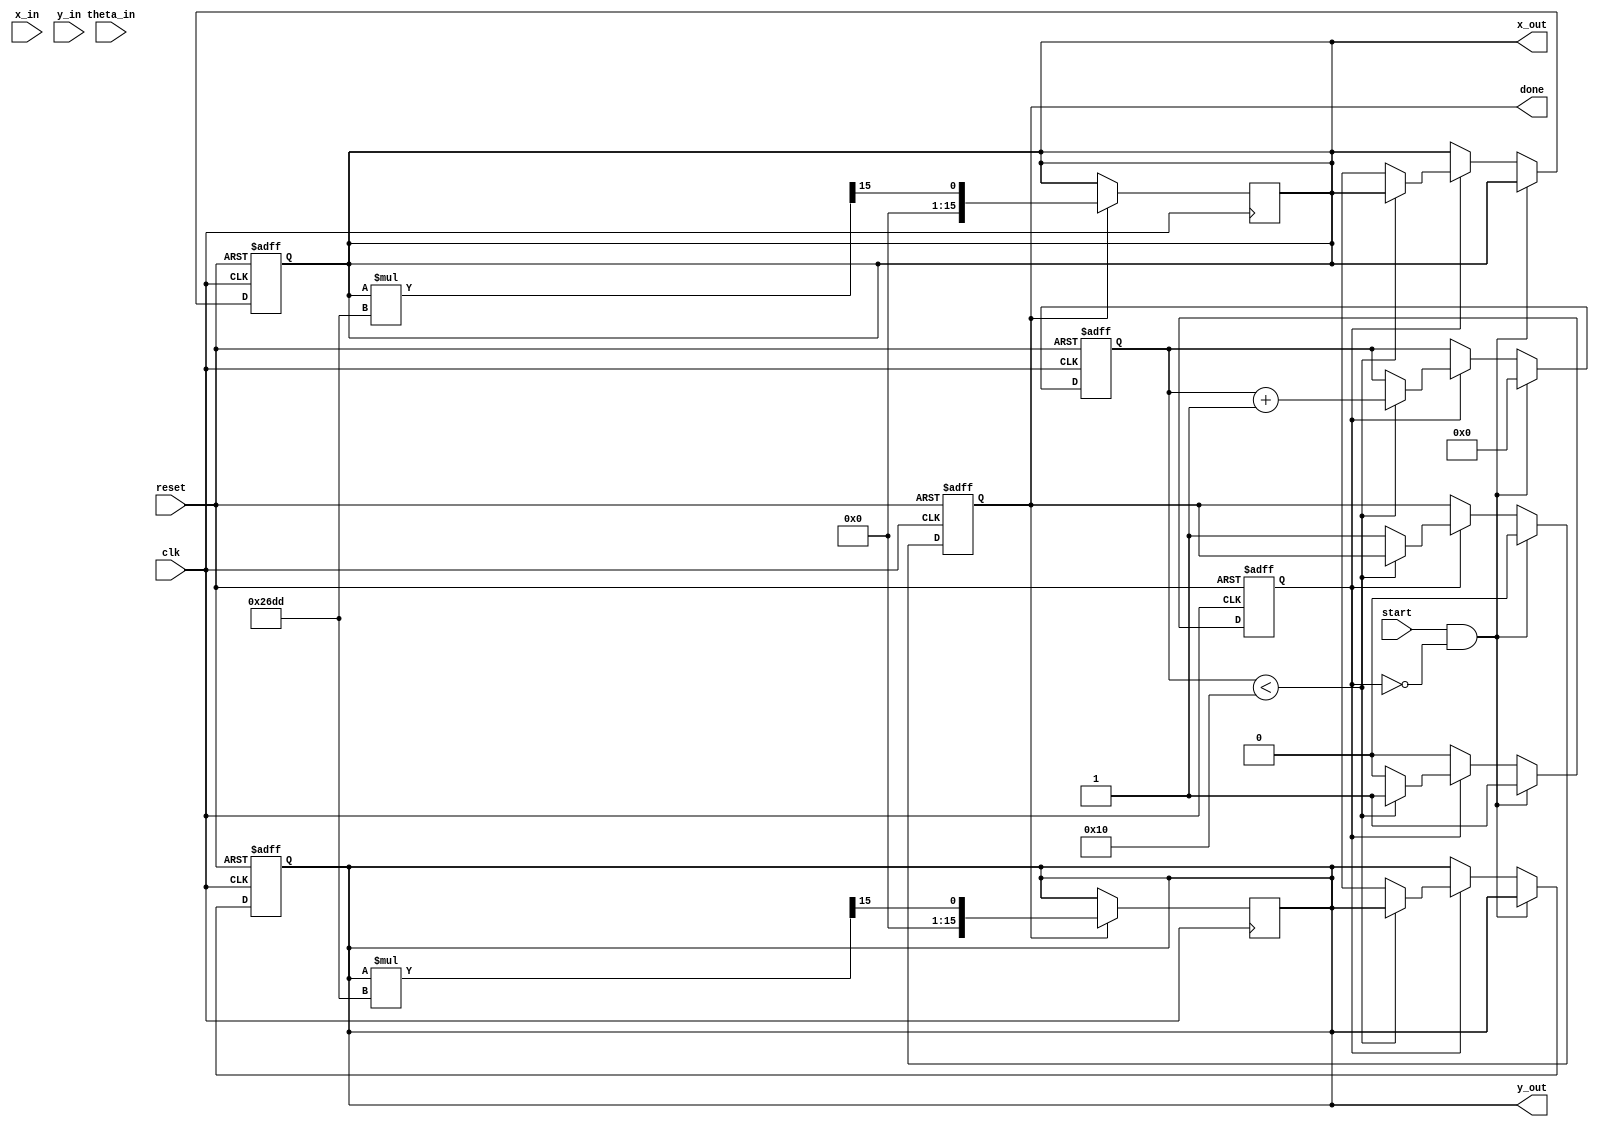
module cordic_rotational (
    input wire clk,
    input wire reset,
    input wire start,
    input wire signed [15:0] x_in,  // Input X coordinate
    input wire signed [15:0] y_in,  // Input Y coordinate
    input wire signed [15:0] theta_in, // Input angle in fixed-point
    output reg signed [15:0] x_out,  // Output X coordinate
    output reg signed [15:0] y_out,  // Output Y coordinate
    output reg done
);

    // Parameters
    parameter NUM_ITERATIONS = 16; // Number of iterations
    parameter [15:0] K = 16'h26DD; // Scaling factor (approx. 0.6072 in fixed-point)

    // Internal registers
    reg signed [15:0] x [0:NUM_ITERATIONS-1];
    reg signed [15:0] y [0:NUM_ITERATIONS-1];
    reg signed [15:0] theta [0:NUM_ITERATIONS-1];
    reg [3:0] iteration;
    reg processing;

    // CORDIC angle lookup table (arctan(2^-i) values)
    reg signed [15:0] atan_table [0:NUM_ITERATIONS-1];
    initial begin
        atan_table[0] = 16'h2000; // atan(1) = 45 degrees in fixed-point
        atan_table[1] = 16'h1333; // atan(0.5) = 26.565 degrees
        atan_table[2] = 16'h0A3D; // atan(0.25) = 14.036 degrees
        atan_table[3] = 16'h0519; // atan(0.125) = 7.125 degrees
        // ... Fill in the rest of the table
        // atan_table[4] = ...
        // ...
    end

    // Control logic
    always @(posedge clk or posedge reset) begin
        if (reset) begin
            iteration <= 0;
            processing <= 0;
            done <= 0;
            x_out <= 0;
            y_out <= 0;
        end else if (start && !processing) begin
            // Initialize inputs
            x[0] <= x_in;
            y[0] <= y_in;
            theta[0] <= theta_in;
            iteration <= 0;
            processing <= 1;
            done <= 0;
        end else if (processing) begin
            if (iteration < NUM_ITERATIONS) begin
                // CORDIC iteration logic
                if (theta[iteration] < 0) begin
                    // Rotate clockwise
                    x[iteration + 1] <= x[iteration] + (y[iteration] >>> iteration);
                    y[iteration + 1] <= y[iteration] - (x[iteration] >>> iteration);
                    theta[iteration + 1] <= theta[iteration] + atan_table[iteration];
                end else begin
                    // Rotate counter-clockwise
                    x[iteration + 1] <= x[iteration] - (y[iteration] >>> iteration);
                    y[iteration + 1] <= y[iteration] + (x[iteration] >>> iteration);
                    theta[iteration + 1] <= theta[iteration] - atan_table[iteration];
                end
                iteration <= iteration + 1;
            end else begin
                // Final output
                x_out <= x[NUM_ITERATIONS];
                y_out <= y[NUM_ITERATIONS];
                done <= 1;
                processing <= 0;
            end
        end
    end

    // Scaling the output
    always @(posedge clk) begin
        if (done) begin
            x_out <= (x_out * K) >>> 15; // Apply scaling factor
            y_out <= (y_out * K) >>> 15; // Apply scaling factor
        end
    end

endmodule